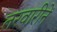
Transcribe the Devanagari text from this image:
तरवारीनें